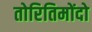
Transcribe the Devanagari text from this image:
तोरितिमोंदो